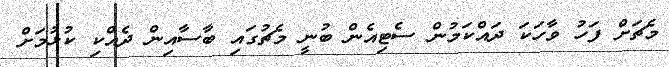
މެޗަށް ފަހު ވާހަކަ ދައްކަމުން ސެޓިއެން ބުނީ މެޗުގައި ބާސާއިން ދެއްކި ކުޅުމަށް